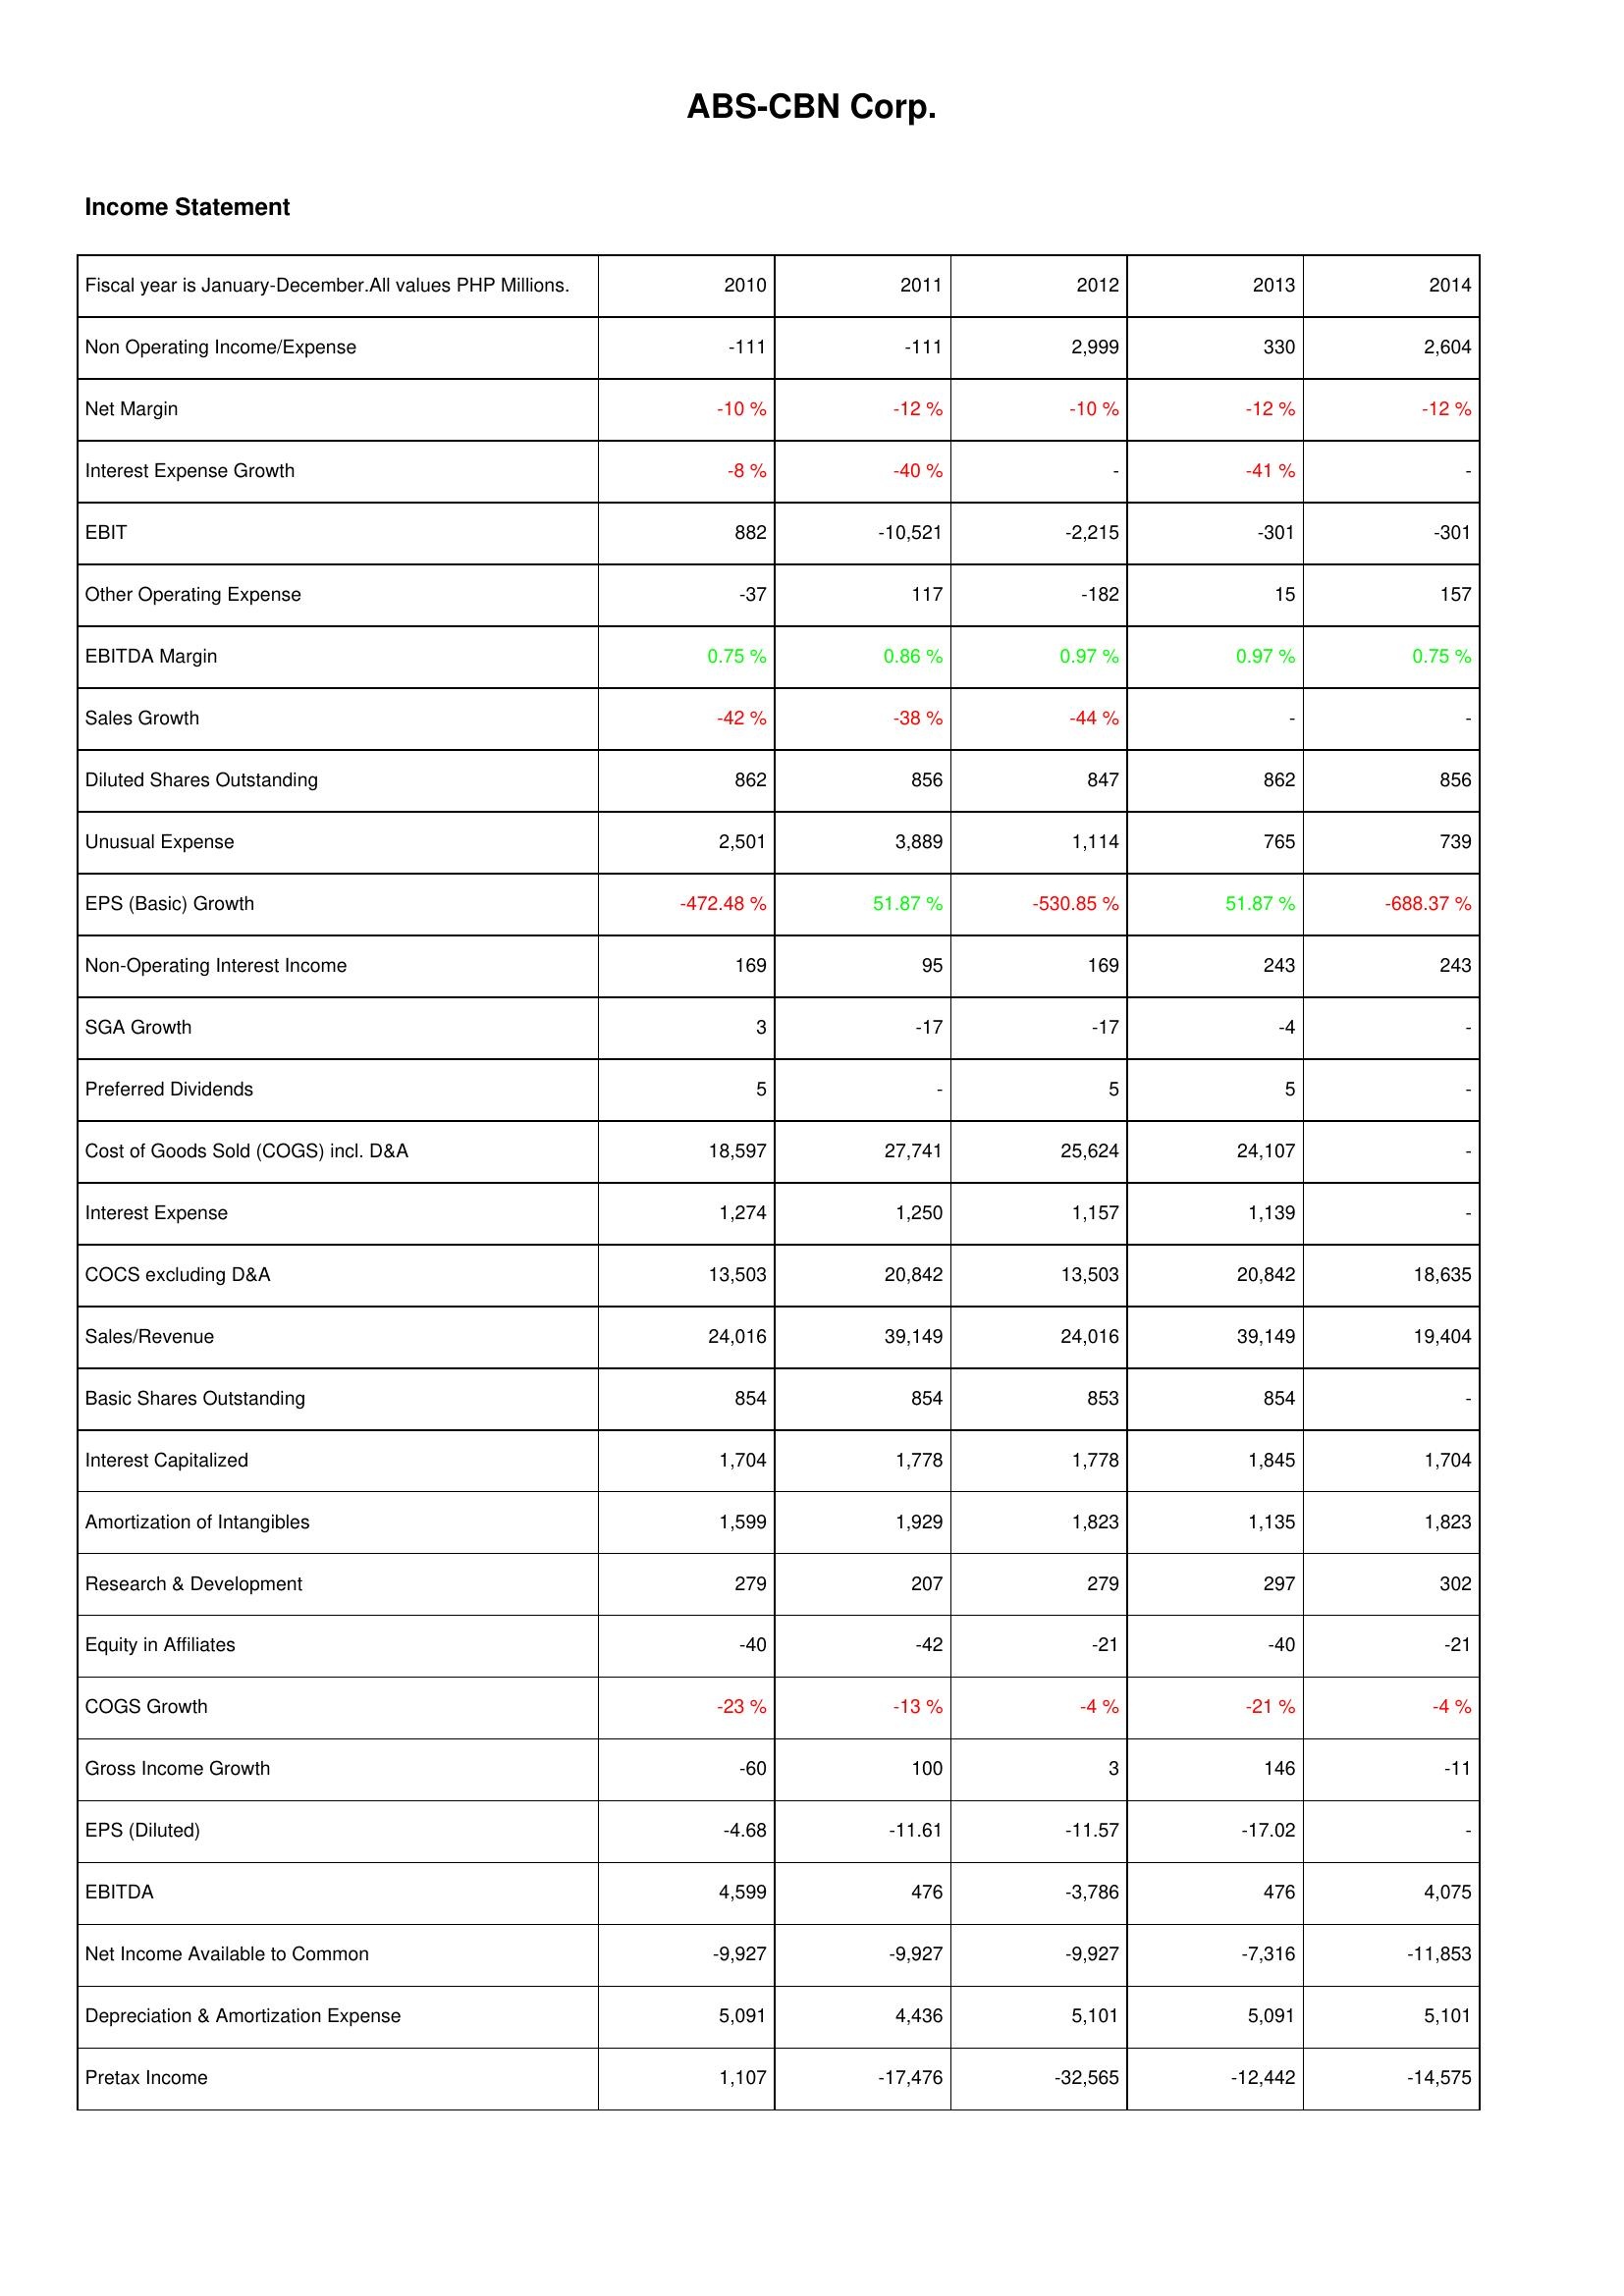
2010: Income Statement: Non Operating Income/Expense: -111
Net Margin: -10 %
Interest Expense Growth: -8 %
EBIT: 882
Other Operating Expense: -37
EBITDA Margin: 0.75 %
Sales Growth: -42 %
Diluted Shares Outstanding: 862
Unusual Expense: 2,501
EPS (Basic) Growth: -472.48 %
Non-Operating Interest Income: 169
SGA Growth: 3
Preferred Dividends: 5
Cost of Goods Sold (COGS) incl. D&A: 18,597
Interest Expense: 1,274
COCS excluding D&A: 13,503
Sales/Revenue: 24,016
Basic Shares Outstanding: 854
Interest Capitalized: 1,704
Amortization of Intangibles: 1,599
Research & Development: 279
Equity in Affiliates: -40
COGS Growth: -23 %
Gross Income Growth: -60
EPS (Diluted): -4.68
EBITDA: 4,599
Net Income Available to Common: -9,927
Depreciation & Amortization Expense: 5,091
Pretax Income: 1,107
2011: Income Statement: Non Operating Income/Expense: -111
Net Margin: -12 %
Interest Expense Growth: -40 %
EBIT: -10,521
Other Operating Expense: 117
EBITDA Margin: 0.86 %
Sales Growth: -38 %
Diluted Shares Outstanding: 856
Unusual Expense: 3,889
EPS (Basic) Growth: 51.87 %
Non-Operating Interest Income: 95
SGA Growth: -17
Preferred Dividends: -
Cost of Goods Sold (COGS) incl. D&A: 27,741
Interest Expense: 1,250
COCS excluding D&A: 20,842
Sales/Revenue: 39,149
Basic Shares Outstanding: 854
Interest Capitalized: 1,778
Amortization of Intangibles: 1,929
Research & Development: 207
Equity in Affiliates: -42
COGS Growth: -13 %
Gross Income Growth: 100
EPS (Diluted): -11.61
EBITDA: 476
Net Income Available to Common: -9,927
Depreciation & Amortization Expense: 4,436
Pretax Income: -17,476
2012: Income Statement: Non Operating Income/Expense: 2,999
Net Margin: -10 %
Interest Expense Growth: -
EBIT: -2,215
Other Operating Expense: -182
EBITDA Margin: 0.97 %
Sales Growth: -44 %
Diluted Shares Outstanding: 847
Unusual Expense: 1,114
EPS (Basic) Growth: -530.85 %
Non-Operating Interest Income: 169
SGA Growth: -17
Preferred Dividends: 5
Cost of Goods Sold (COGS) incl. D&A: 25,624
Interest Expense: 1,157
COCS excluding D&A: 13,503
Sales/Revenue: 24,016
Basic Shares Outstanding: 853
Interest Capitalized: 1,778
Amortization of Intangibles: 1,823
Research & Development: 279
Equity in Affiliates: -21
COGS Growth: -4 %
Gross Income Growth: 3
EPS (Diluted): -11.57
EBITDA: -3,786
Net Income Available to Common: -9,927
Depreciation & Amortization Expense: 5,101
Pretax Income: -32,565
2013: Income Statement: Non Operating Income/Expense: 330
Net Margin: -12 %
Interest Expense Growth: -41 %
EBIT: -301
Other Operating Expense: 15
EBITDA Margin: 0.97 %
Sales Growth: -
Diluted Shares Outstanding: 862
Unusual Expense: 765
EPS (Basic) Growth: 51.87 %
Non-Operating Interest Income: 243
SGA Growth: -4
Preferred Dividends: 5
Cost of Goods Sold (COGS) incl. D&A: 24,107
Interest Expense: 1,139
COCS excluding D&A: 20,842
Sales/Revenue: 39,149
Basic Shares Outstanding: 854
Interest Capitalized: 1,845
Amortization of Intangibles: 1,135
Research & Development: 297
Equity in Affiliates: -40
COGS Growth: -21 %
Gross Income Growth: 146
EPS (Diluted): -17.02
EBITDA: 476
Net Income Available to Common: -7,316
Depreciation & Amortization Expense: 5,091
Pretax Income: -12,442
2014: Income Statement: Non Operating Income/Expense: 2,604
Net Margin: -12 %
Interest Expense Growth: -
EBIT: -301
Other Operating Expense: 157
EBITDA Margin: 0.75 %
Sales Growth: -
Diluted Shares Outstanding: 856
Unusual Expense: 739
EPS (Basic) Growth: -688.37 %
Non-Operating Interest Income: 243
SGA Growth: -
Preferred Dividends: -
Cost of Goods Sold (COGS) incl. D&A: -
Interest Expense: -
COCS excluding D&A: 18,635
Sales/Revenue: 19,404
Basic Shares Outstanding: -
Interest Capitalized: 1,704
Amortization of Intangibles: 1,823
Research & Development: 302
Equity in Affiliates: -21
COGS Growth: -4 %
Gross Income Growth: -11
EPS (Diluted): -
EBITDA: 4,075
Net Income Available to Common: -11,853
Depreciation & Amortization Expense: 5,101
Pretax Income: -14,575